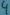
Text: 4